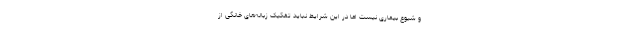
و شیوع بیماری نیست اما در این شرایط نباید تفکیک زباله‌های خانگی از